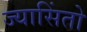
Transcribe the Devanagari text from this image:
ज्यासिंतो